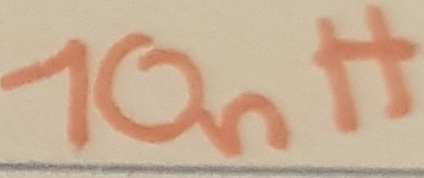
Text: 10nH